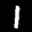
Label: 1